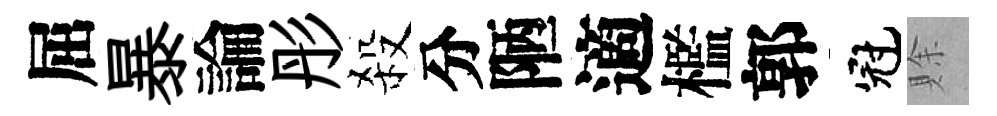
屈暴論彤殺分陋適檻郭冠賖